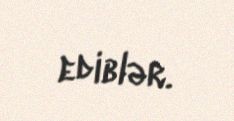
ediblər.